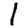
Digit: 1